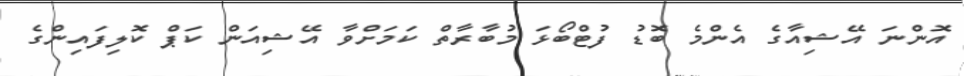
އޮންނަ އޭޝިއާގެ އެންމެ ބޮޑު ފުޓްބޯޅަ މުބާރާތް ކަމަށްވާ އޭޝިއަން ކަޕް ކޮލިފައިންގެ